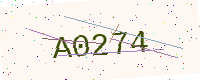
Text: A0274